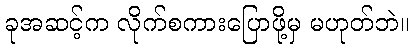
ခုအဆင့်က လိုက်စကားပြောဖို့မှ မဟုတ်ဘဲ။